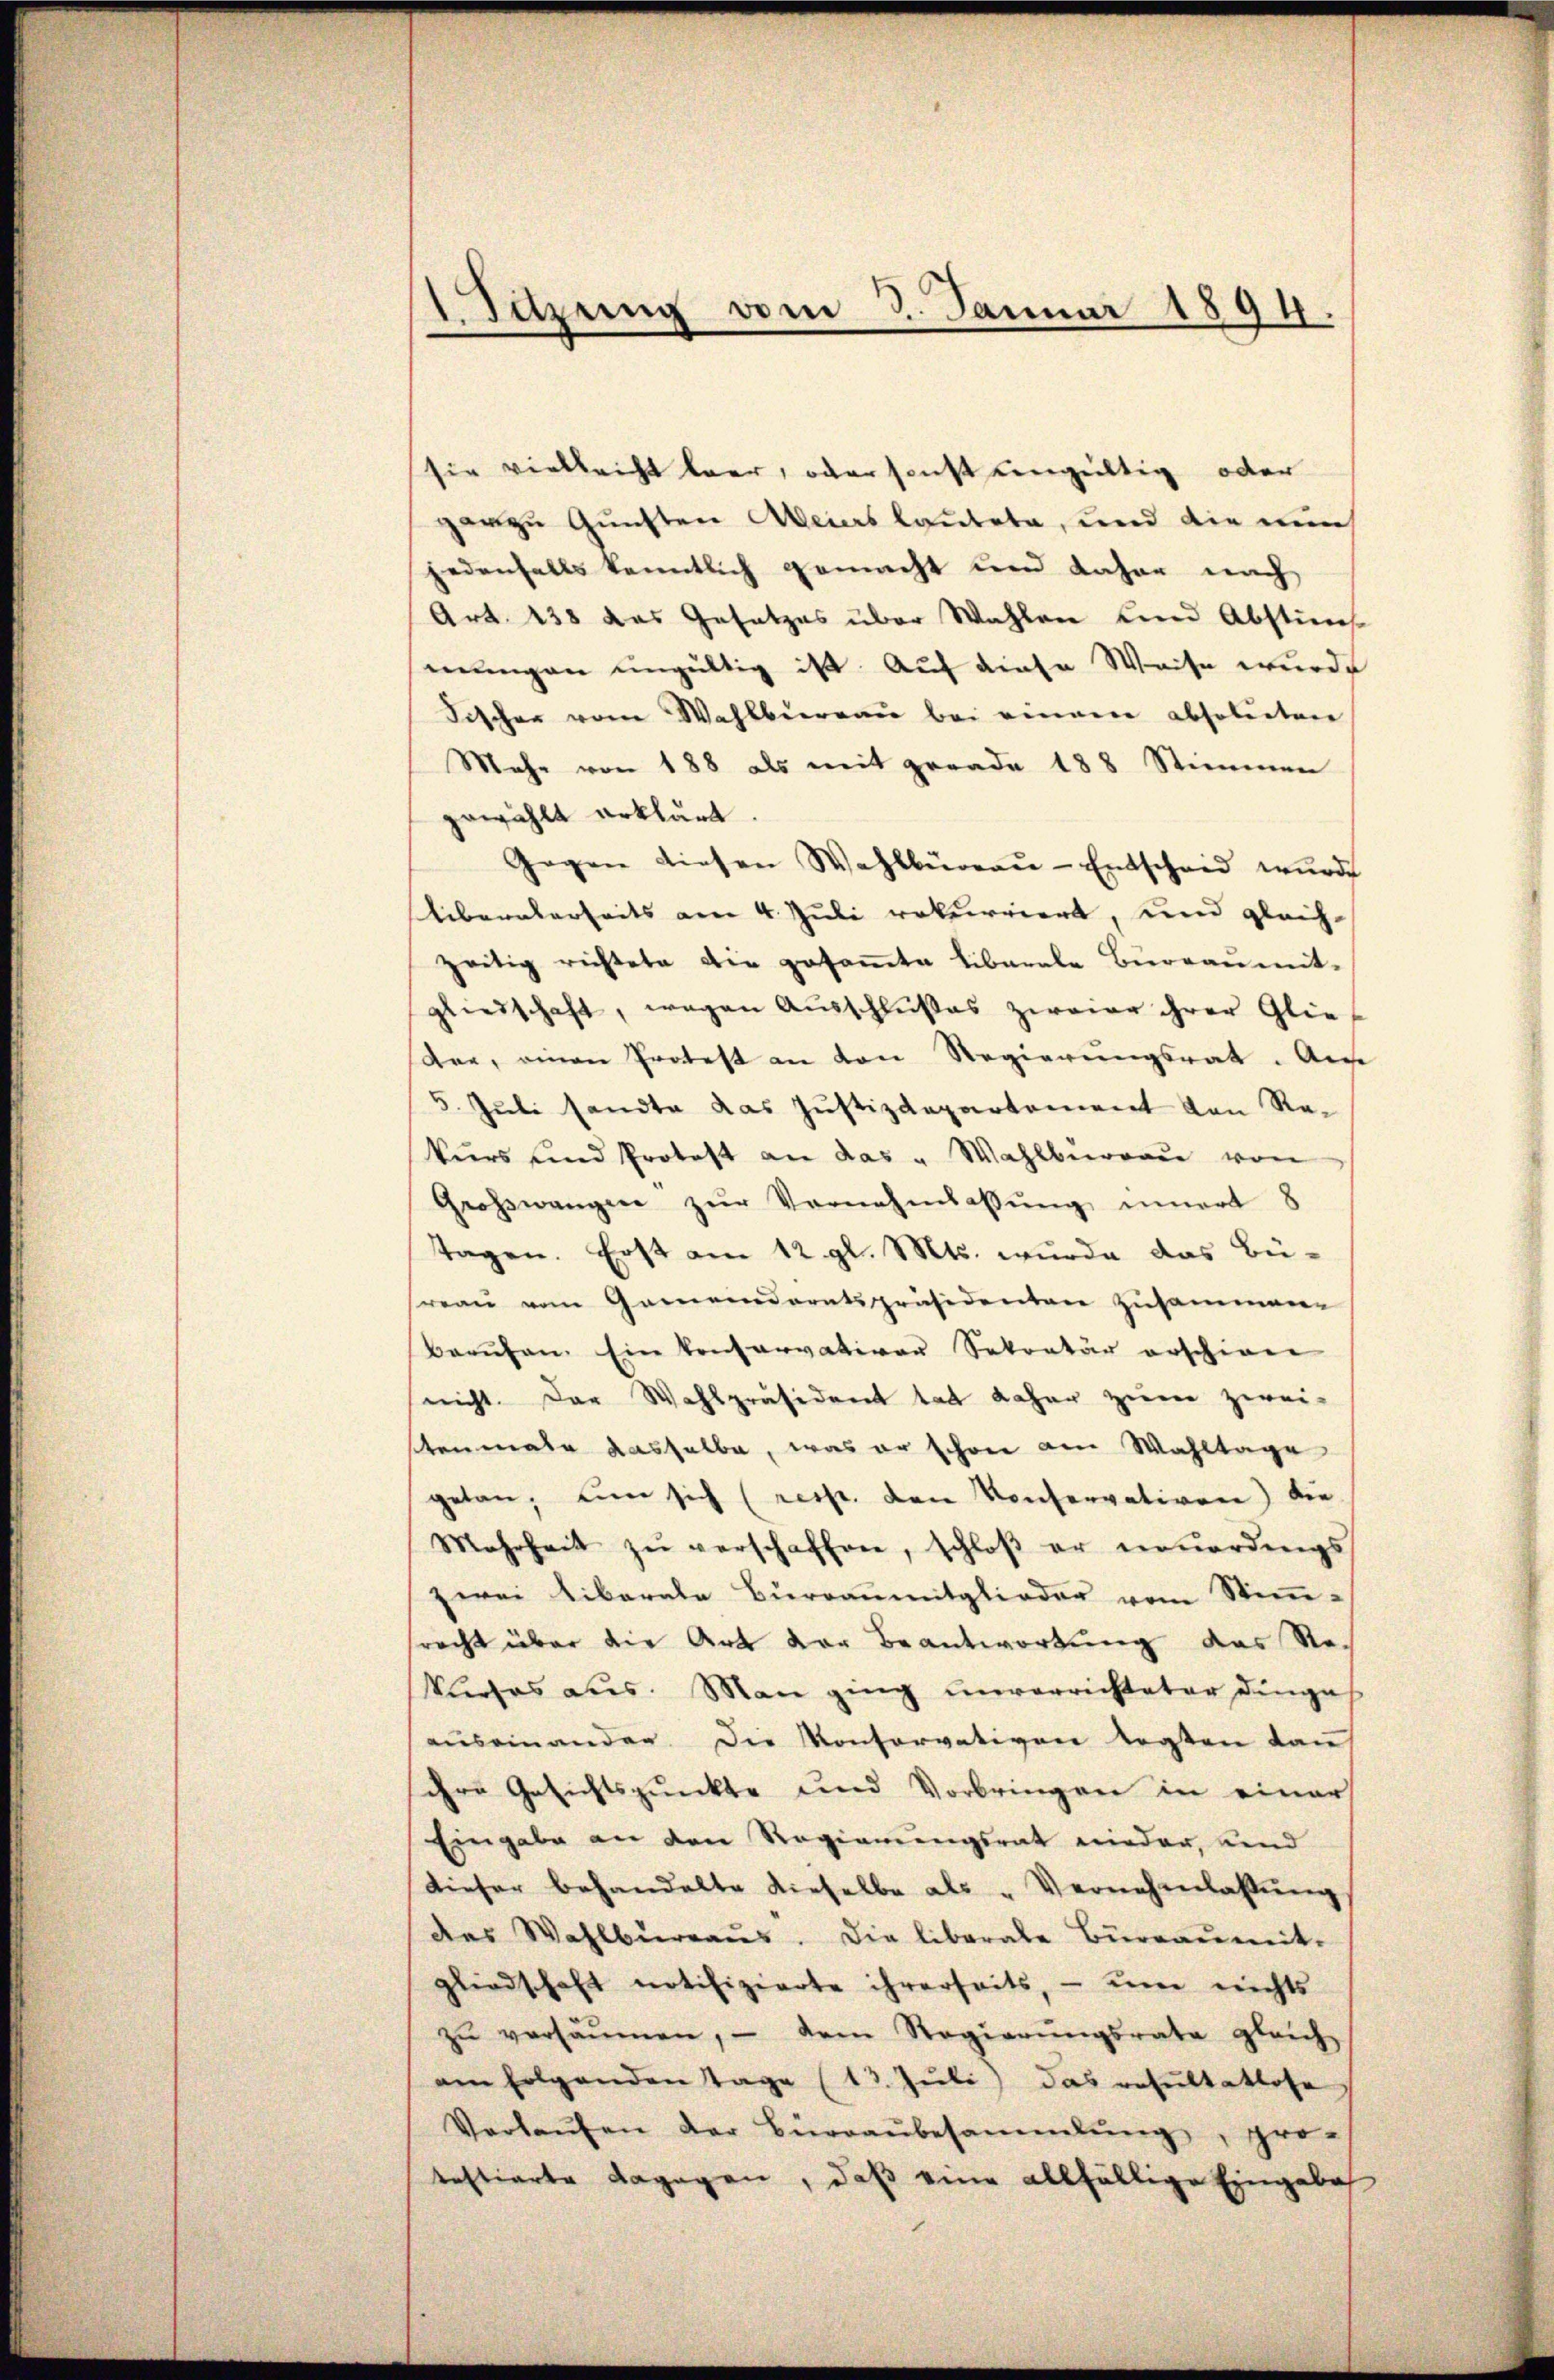
1. Sitzung vom 3. Januar 1894.

sie vielleicht baar, oder sonst eingültig oder
garzu Gunsten Meiers lautete, und die nun
jedenfalls kenntlich gemacht und daher nach
Art. 138 das Gesetzes über Wahlen und Abstins
mungen ungültig ist. Auf diese Weise wurde
Fischer vom Wahlbureau bei einem absoluten
Mehr von 188 als mit gerade 188 Stimmen
gewählt erklärt.
Gegen diesen Wahlbüreaŭ-Entscheid wurde
liberalerseits am 4. Juli rekurriert, und gleich-
zeitig richtete die gesaṁte Liberale Bureau mit-
gliedschaft, wegen Ausschlußes zweier ihrer Glie-
der, einen Protest an von Regierungsrat. Am
5. Juli sandte das Justizdepartement von Rekurs und Protest an das " Wahlbŭrgaŭ von
Großwangen zŭr Vernehmlassŭng innert 8
Tagen. Erst am 12. gl. Mts. wurde das Büreau vom Gemendoratspräsidenten zusammen-
Berufen. Ein konservativer Sekretär erschinen
nicht. Der Wahlpräsident tat daher zum zwei-
Stenmal dasselbe, was er schon am Wahltage
getan, ein sich (resp. den Konservativen) die
Mehrheit zŭ verschaffen, schloß er neuerdings
zwei liberale Burranmitglieder vom Stimm-
srecht über die Art der Beantwortung das Reklieses aus. Man ging unverrichteter Dinge
auseinanden die Kontervativen legten Lau
ihre Gesichtspunkte und Vorbringen in einer
Eingabe an den Regierungsrat wieder, und
dieser behandelte dieselbe als Vernehmlassŭng
des Wahlbüraŭs. Die liberale Büreaŭmit-
gliedschaft notifizierte ihrerseits, – um nichts
zŭ versäumen, - dem Regierŭngsrate gleich
am folgenden tage (13. Juli) das resultatlose
Verlaŭfen der Büreaŭbesammlung, pro-
testierte dagegen, daβ eine allfällige Eingabe